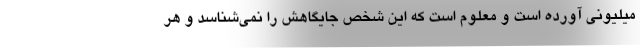
میلیونی آورده است و معلوم است که این شخص جایگاهش را نمی‌شناسد و هر